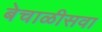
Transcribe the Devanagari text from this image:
बेचाळीसवा